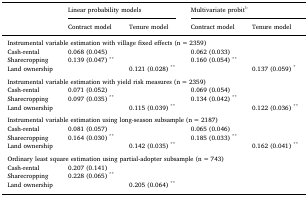
|  | <COLSPAN=2> Linear probability models | <COLSPAN=2> Multivariate probitb |
 |  | Contract model | Tenure model | Contract model | Tenure model |
 | --- | --- | --- | --- | --- |
 | <COLSPAN=5> Instrumental variable estimation with village fixed effects (n = 2359) |
 | Cash-rental | 0.068 (0.045) |  | 0.062 (0.033) |  |
 | Sharecropping | 0.139 (0.047) ** |  | 0.160 (0.054) ** |  |
 | Land ownership |  | 0.121 (0.028) ** |  | 0.137 (0.059) * |
 | <COLSPAN=5>  |
 | <COLSPAN=5> Instrumental variable estimation with yield risk measures (n = 2359) |
 | Cash-rental | 0.071 (0.052) |  | 0.069 (0.054) |  |
 | Sharecropping | 0.097 (0.035) ** |  | 0.134 (0.042) ** |  |
 | Land ownership |  | 0.115 (0.039) ** |  | 0.122 (0.036) ** |
 | <COLSPAN=5>  |
 | <COLSPAN=5> Instrumental variable estimation using long-season subsample (n = 2187) |
 | Cash-rental | 0.081 (0.057) |  | 0.065 (0.046) |  |
 | Sharecropping | 0.164 (0.030) ** |  | 0.185 (0.033) ** |  |
 | Land ownership |  | 0.142 (0.035) ** |  | 0.162 (0.041) ** |
 | <COLSPAN=5>  |
 | <COLSPAN=5> Ordinary least square estimation using partial-adopter subsample (n = 743) |
 | Cash-rental | 0.207 (0.141) |  |  |  |
 | Sharecropping | 0.228 (0.065) ** |  |  |  |
 | Land ownership |  | 0.205 (0.064) ** |  |  |